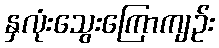
နှလုံးသွေးကြောကျဉ်း